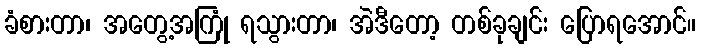
ခံစားတာ၊ အတွေ့အကြုံ ရသွားတာ၊ အဲဒီတော့ တစ်ခုချင်း ပြောရအောင်။